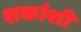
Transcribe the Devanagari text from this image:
शकांशी